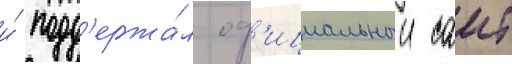
и́ подд'ержа́л оф'ициальныи саит